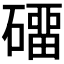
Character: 𰧡